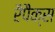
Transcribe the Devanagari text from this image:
रैपैक्स